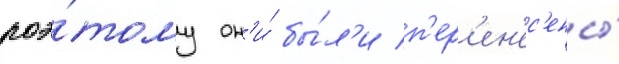
поэ́тому он'и́ бы́л'и п'ер'ен'ес'ены́